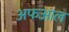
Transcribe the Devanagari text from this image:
अफआल